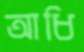
আধি